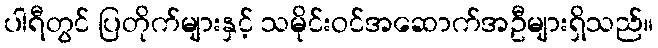
ပါရီတွင် ပြတိုက်များနှင့် သမိုင်းဝင်အဆောက်အဦများရှိသည်။